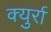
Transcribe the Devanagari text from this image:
क्युर्रा